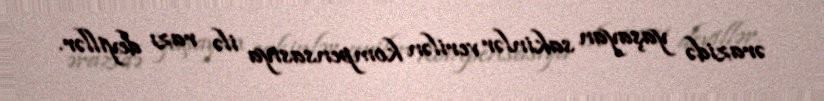
ərazidə yaşayan sakinlər verilən kompensasiya ilə razı deyillər.